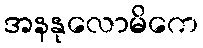
အနနုလောမိကေ